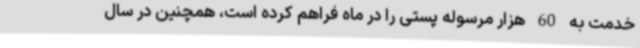
خدمت به 60 هزار مرسوله پستی را در ماه فراهم کرده است، همچنین در سال